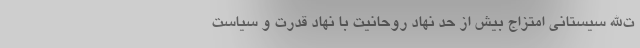
ت‌الله سیستانی امتزاج بیش از حد نهاد روحانیت با نهاد قدرت و سیاست